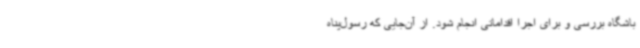
باشگاه بررسی و برای اجرا اقداماتی انجام شود. از آن‌جایی که رسول‌پناه